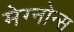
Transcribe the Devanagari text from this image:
मेग्नोन्स